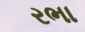
રભા